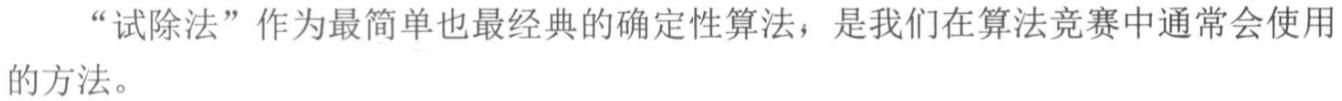
“试除法”作为最简单也最经典的确定性算法，是我们在算法竞赛中通常会使用的方法。